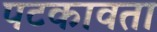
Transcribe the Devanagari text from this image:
पटकावता